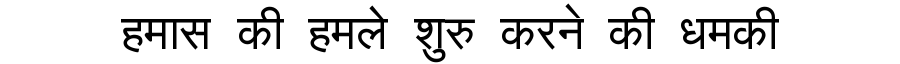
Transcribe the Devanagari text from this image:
हमास की हमले शुरु करने की धमकी